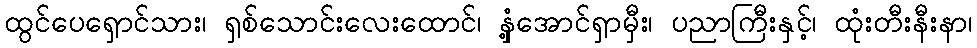
ထွင်ပေရှောင်သား၊ ရှစ်သောင်းလေးထောင်၊ နှံ့အောင်ရှာမှီး၊ ပညာကြီးနှင့်၊ ထုံးတီးနီးနာ၊